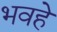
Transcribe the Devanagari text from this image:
भवहे